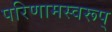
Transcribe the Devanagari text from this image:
परिणामस्वरूप्